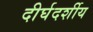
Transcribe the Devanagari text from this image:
दीर्घदर्शीय